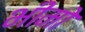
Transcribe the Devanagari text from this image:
भीमो